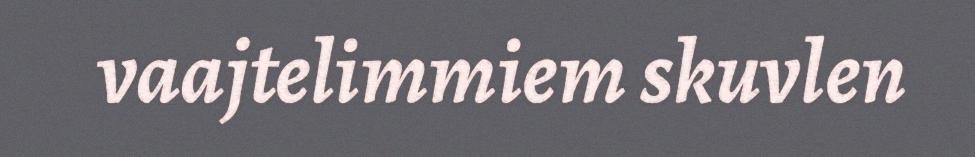
vaajtelimmiem skuvlen